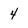
Character: 4